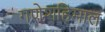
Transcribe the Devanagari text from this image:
गणेशहिमाल